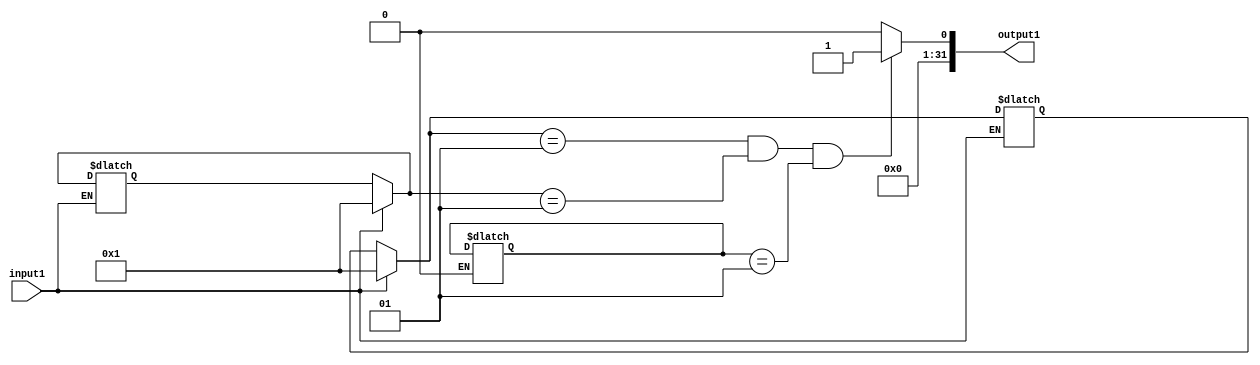

	/*
	Derive a minimal state table and a suitable circuit for a single-input and single-output 
	Moore type FSM that produces an output of 1
	if in the input sequence it detects either 110 or 101 patterns.
	 Overlapping sequences should be detected.
	*/


module NUM3(input1,output1);
			input input1;
			output integer output1;
			 integer k;
			 integer l;
			 integer m;
          integer count=0 ;
			 // for the 110 sequences
		always @ (count or input1 or output1)

			 begin
					for(count=0; count < 2 ; count=count+1)
					begin
					
					if(input1==1 && count==0)
						 k=1;
					if(input1==1 && count==1)
					    l=1;
				   if(input1==0	&& count==2)
					   m=1;
					if(k==1 && l==1 && m==1)
						 output1=1;
					  else
					  output1=0;
					  end		 
	      end	
				
	endmodule
	
	
	module NUM101(input1,output1);
			input input1;
			output integer output1;
			 integer k;
			 integer l;
			 integer m;
          integer count=0 ;
			 // for the 101 sequences
		always @ (count or input1 or output1)

			 begin
					for(count=0; count < 2 ; count=count+1)
					begin					
					if(input1==1 && count==0)
						 k=1;
					if(input1==0 && count==1)
					    l=1;
				   if(input1==1 && count==2)
					   m=1;
					if(k==1 && l==1 && m==1)
						 output1=1;
					  else
					  output1=0;
					  end		 
	      end			
	endmodule